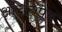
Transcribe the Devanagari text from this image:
अदितिपुत्र